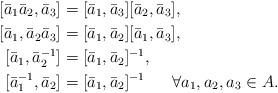
LaTeX: \begin{align*}[\bar {a}_1 \bar {a}_2, \bar {a}_3] &= [\bar {a}_1, \bar {a}_3] [\bar {a}_2, \bar {a}_3],\\ [\bar {a}_1, \bar {a}_2 \bar {a}_3] &= [\bar {a}_1, \bar {a}_2] [\bar {a}_1, \bar {a}_3], \\ [\bar {a}_1, \bar {a}_2^{-1}] &= [\bar {a}_1, \bar {a}_2]^{-1}, \\ [\bar {a}_1^{-1}, \bar {a}_2] &= [\bar {a}_1, \bar {a}_2]^{-1}\ \ \ \ \ \forall a_1, a_2, a_3 \in A. \end{align*}